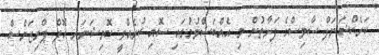
ކަރެކްޝަނަލް ސާވިސްގެ ފަރާތުން މި އެއްބަސްވުމުގައި ސޮއި ކުރެއްވީ ކޮމިޝަނަރ އޮފް ޕްރިޒަންސް